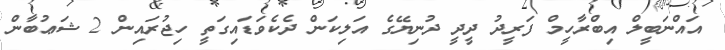
އައްނަބީލް އިބްރާހީމް ފަރީދު ދީދީ ދުނިޔޭގެ އަލިކަން ދެކެވަޑައިގަތީ ހިޖުރައިން 2 ޝަޢުބާން